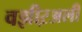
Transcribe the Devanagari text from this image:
वझीऱअली